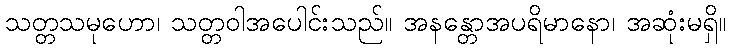
သတ္တသမုဟော၊ သတ္တဝါအပေါင်းသည်။ အနန္တောအပရိမာနော၊ အဆုံးမရှိ။